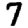
Digit: 7